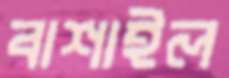
বাশাইল